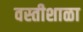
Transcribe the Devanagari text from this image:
वस्तीशाळा